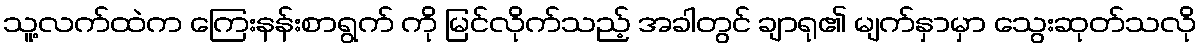
သူ့လက်ထဲက ကြေးနန်းစာရွက် ကို မြင်လိုက်သည့် အခါတွင် ချာရု၏ မျက်နှာမှာ သွေးဆုတ်သလို